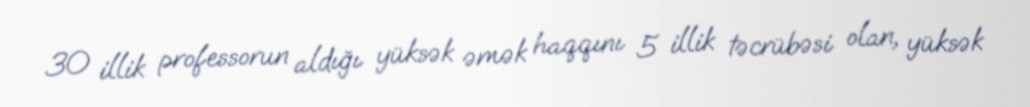
30 illik professorun aldığı yüksək əmək haqqını 5 illik təcrübəsi olan, yüksək